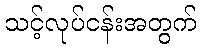
သင့်လုပ်ငန်းအတွက်